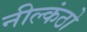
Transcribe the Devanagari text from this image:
नील्कंठो